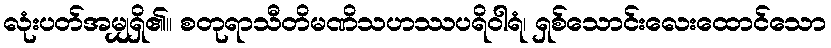
လုံးပတ်အမျှရှိ၏။ စတုရာသီတိမဏိသဟဿပရိဝါရံ၊ ရှစ်သောင်းလေးထောင်သော